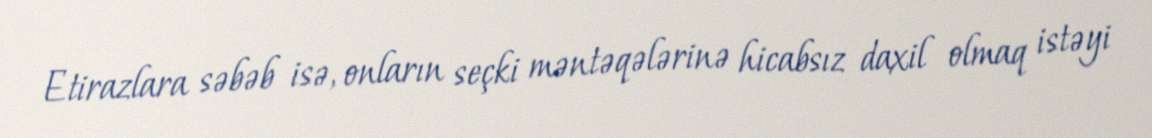
Etirazlara səbəb isə, onların seçki məntəqələrinə hicabsız daxil olmaq istəyi